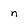
Character: n